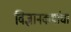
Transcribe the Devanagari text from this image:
विज्ञानकथांचा